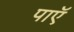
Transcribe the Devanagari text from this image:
पाएॅ